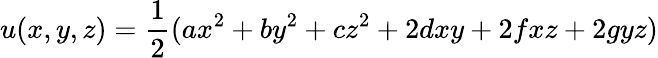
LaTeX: u(x,y,z)=\frac{1}{2}(ax^{2}+by^{2}+cz^{2}+2dxy+2fxz+2gyz)